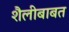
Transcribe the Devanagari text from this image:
शैलीबाबत